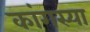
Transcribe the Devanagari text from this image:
कांगस्या